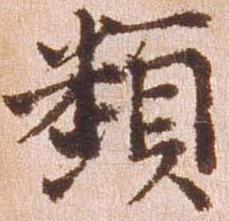
類